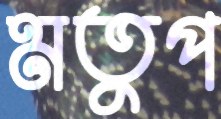
মতুপ